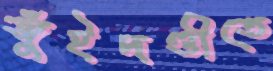
জুঁইদণ্ডীতে